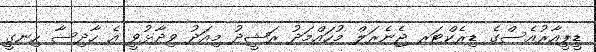
ޑީޕީއާރުއެސްގެ ޑިރެކްޓަރ ޖެނެރަލް މުހައްމަދު ރަޝީދު މިއަދު ވިދާޅުވީ އެ ހާދިސާ ހިނގީ